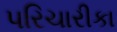
પરિચારીકા